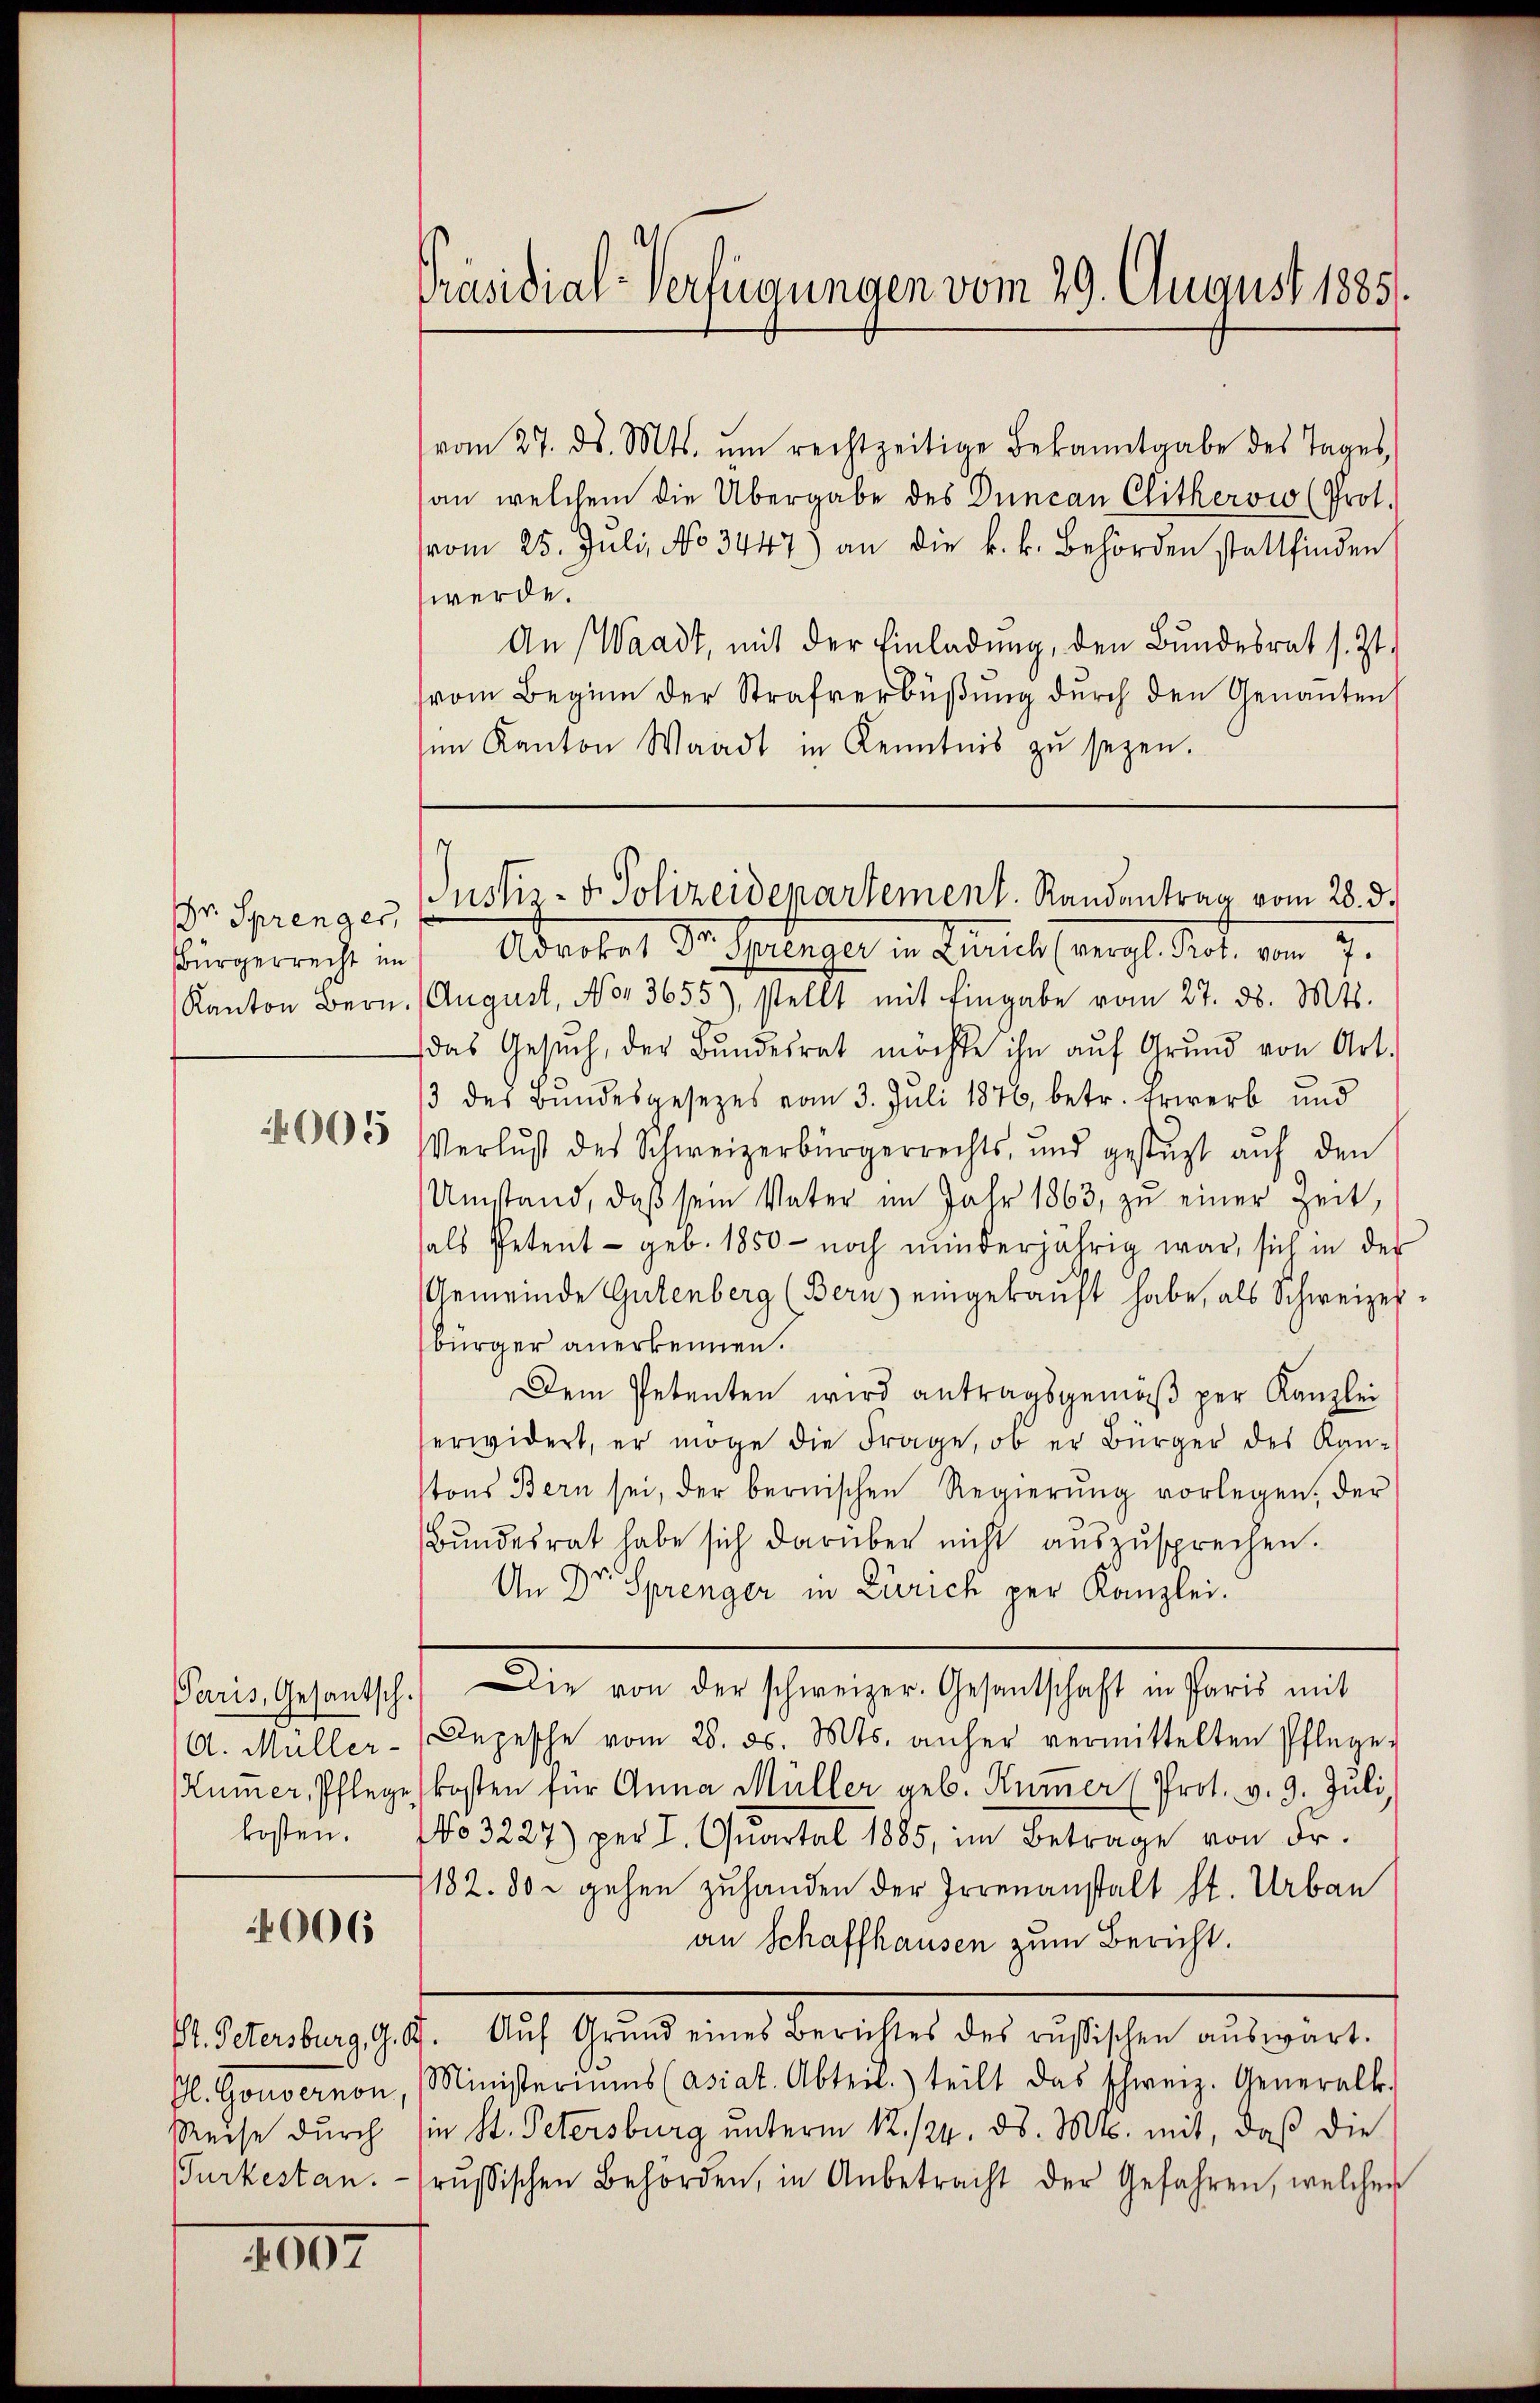
Dr. Sprenger,

005

kosten.

4006

Reise durch
Turkestan.

2907

Präsidial-Verfügungen vom 29. August 1885/

vom 27. ds. Mts. ŭm rechtzeitige Bekanntgabe des Tages,
an, welchem die Übergabe des Duncan Clitheroio (Prot.
vom 25. Juli, No 3447) an die k. k. Behörden stattfinden
werde.
An (Waadt, mit der Einladung, den Bundesrat s. Zt.
(vom Beginn der Strafverbüßung durch den Genanten
sim Kanton Waadt in Kenntnis zŭ sezen.

Bürgerrecht ins Aderket Vertheilungen in Bericht vergl. dat. vom 7.
Kanton Bern. August, No 3655), stellt mit Eingabe vom 27. ds. Mts.
das Gesŭch, der Bundesrat möchte ihn aŭf Grund von Art.
/3 des Bŭndesgesezes vom 3. Juli 1870, betr. Erwerb und
Verlust des Schweizerbürgerrechts, und gestüzt aŭf den
Umstand, daß sein Vater im Jahr 1863, zu einer Zeit,
hals Petent - geb. 1850- noch minderjährig war, sich in der
Gemeinde Gutenberg (Bern eingekaŭft habe, als Schweizer.
bürger anerkennen.
Dem Petenten wird antragsgemäβ per Kanzlei
erwidert, er möge die Frage, ob er Bürger des Kantons Bern sei, der bernischen Regierŭng vorlegen, der
Bŭndesrat habe sich darüber nicht auszusprechen.
An Dr Sprenger in Zürich per Kanzlei.
Paris, Gesantsch. Die von der schweizer. Gesantschaft in Paris mit
A. Müller-Depesche vom 28. ds. Mts. anher vermittelten Pflege.
Kümer, Pflege kosten für Anna Müller geb. Kumer (Prot. v. 9. Jŭli
No 3227) per I. Quartal 1885, im Betrage von Fr.
1182. 80 u gehen zuhanden der Irrenanstalt st. Urban
an Schaffhausen zum Bericht.
V. Petersburg, G. B. Aŭf Grŭnd eines Berichtes des russischen aŭswart.
Sl. Gouvernon, Ministeriums (asiat. Abteil.) teilt das schweiz. Generalk.
in St. Petersburg unterm 12. 124. ds. Mts. mit, daß die
rŭssischen Behörden, in Anbetracht der Gefahren, welchen

s
Justiz- & Polizeidepartement. Randantrag vom 28. d.